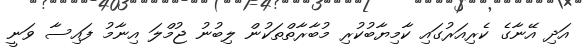
އަދި އޭނާގެ ކެރިއަރުގައި ކާމިޔާބުކުރި މުބާރާތްތަކުން ލިބުނު ޖުމްލަ އިނާމު ފައިސާ ވަނީ